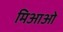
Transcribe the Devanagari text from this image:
मिआओ